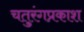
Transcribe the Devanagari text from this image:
चतुरंगप्रकाश